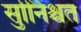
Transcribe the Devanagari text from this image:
सुनििश्चत